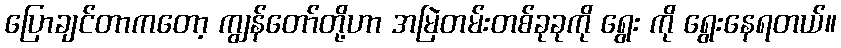
ပြောချင်တာကတော့ ကျွန်တော်တို့ဟာ အမြဲတမ်းတစ်ခုခုကို ရွေး ကို ရွေးနေရတယ်။